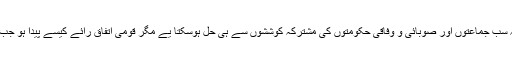
یہ مسئلہ کسی ایک جماعت یا صوبائی حکومت کے بس کی بات نہیں بلکہ سب جماعتوں اور صوبائی و وفاقی حکومتوں کی مشترکہ کوششوں سے ہی حل ہوسکتا یے مگر قومی اتفاق رائے کیسے پیدا ہو جب ہمارے حکمران دوسرے سیاسی رہنماؤں سے رابطہ کرنے کو تیار نہیں۔